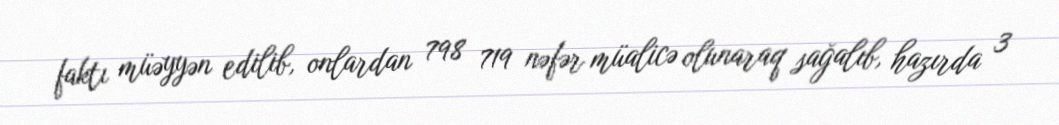
faktı müəyyən edilib, onlardan 798 719 nəfər müalicə olunaraq sağalıb, hazırda 3